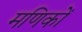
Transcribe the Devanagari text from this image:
मणिकों